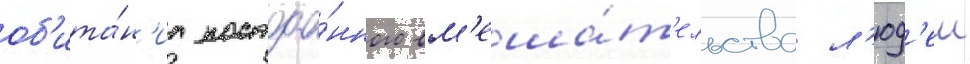
об'ита́н'иа постоа́нного вм'еша́т'ельства л'юд'еи